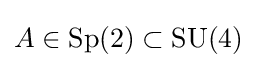
A\in \operatorname {Sp} (2)\subset \operatorname {SU} (4)